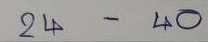
24 - 40